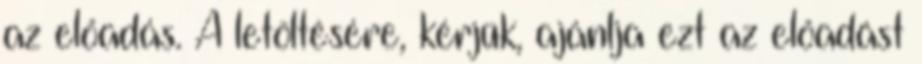
az előadás. A letöltésére, kérjük, ajánlja ezt az előadást